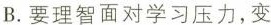
B.要理智面对学习压力，变